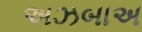
અઝબાઅ